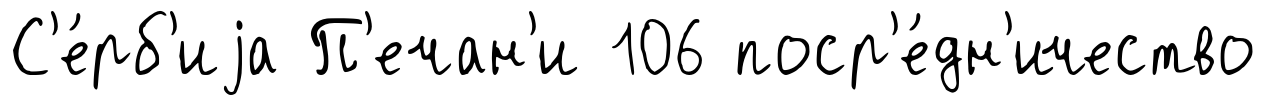
С'е́рб'иjа П'ечан'и 106 поср'е́дн'ичество